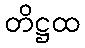
တိဋ္ဌထ